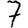
Digit: 7